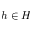
h \in H